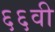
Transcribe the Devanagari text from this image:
६६वी